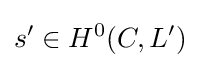
s'\in H^{0}(C,L')